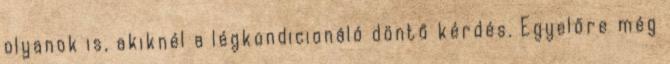
olyanok is, akiknél a légkondicionáló döntő kérdés. Egyelőre még